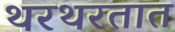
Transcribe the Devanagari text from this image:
थरथरतात